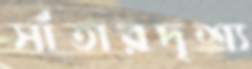
সাঁতারদৃশ্য